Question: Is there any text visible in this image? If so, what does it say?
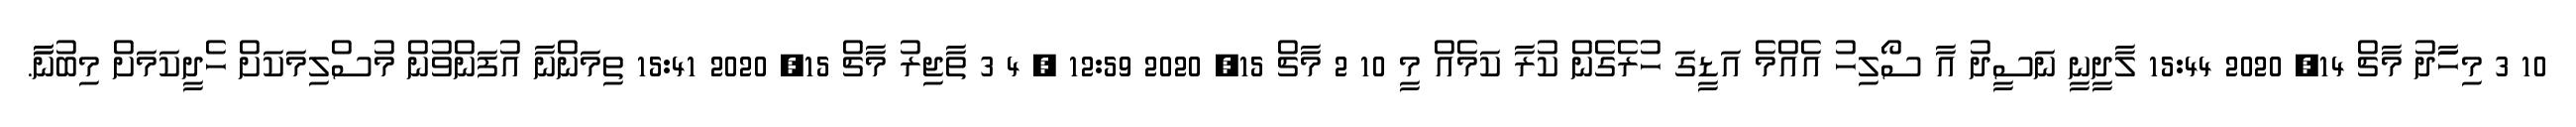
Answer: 10 3 މިހަަާދު މާޗް 14, 2020 15:44 ލާދީނީ ނަސީދު އާ ސޯލިހު އެއްމެ އަޑީގަ ހުރެގެން ކުރާ ކަމެއް މީ 10 2 މާޗް 15, 2020 12:59 ? 4 3 ތާޖިރު މާޗް 15, 2020 15:41 ތިމަންނާ އުފަންވުން މުސްލިމަކަށް ހެދީކަމަށް މިބުނާާ.